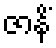
ဇာနိံ